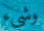
وشيء